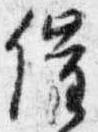
催